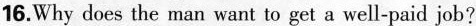
16.Why does the man want to get a well-paid job?